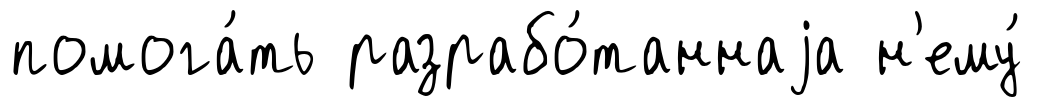
помога́ть разрабо́таннаjа н'ему́